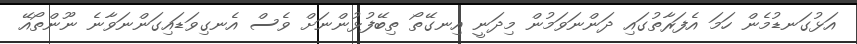
އަޅުގަނޑުމެން ހަމަ އެފަރާތުގައި ދަންނަވަމުން މިދަނީ އިނގޭތޯ ތިބޭފުޅުންނަށް ވެސް އެނގިވަޑައިގަންނަވާނެ ނޫންތޯއޭ